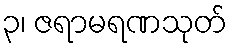
၃၊ ဇရာမရဏသုတ်